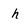
Character: h